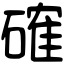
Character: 確